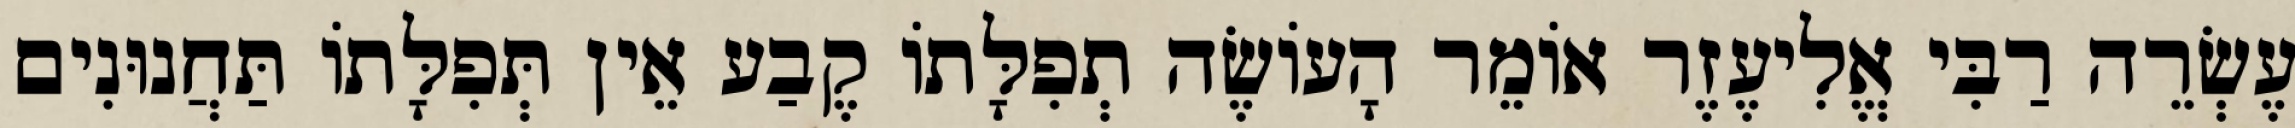
עֶשְׂרֵה רַבִּי אֱלִיעֶזֶר אוֹמֵר הָעוֹשֶׂה תְפִלָּתוֹ קֶבַע אֵין תְּפִלָּתוֹ תַּחֲנוּנִים